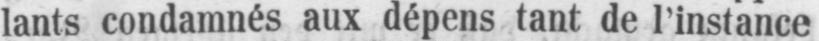
lants condamnés aux dépens tant de l’instance